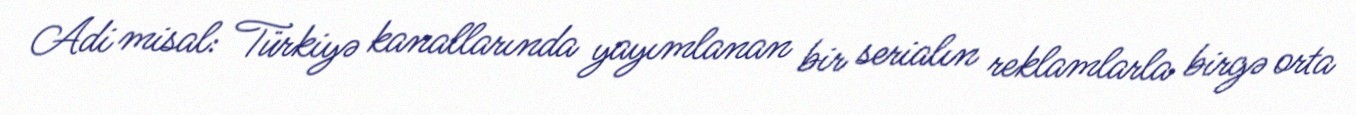
Adi misal: Türkiyə kanallarında yayımlanan bir serialın reklamlarla birgə orta